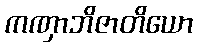
ကဏှာဘိဇာတိယော